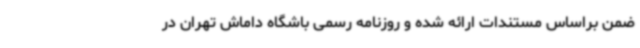
ضمن براساس مستندات ارائه شده و روزنامه رسمی باشگاه داماش تهران در